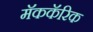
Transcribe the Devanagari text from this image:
मॅककॅरिक